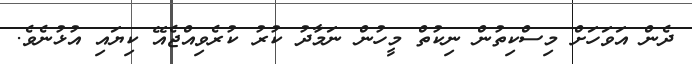
ދެން އަވަހަށް މިސްކިތުން ނިކުތް މީހުން ނަމާދު ކުރު ކުރެވިއްޖެއޭ ކިޔައި އުޅުނެވެ.